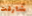
شارفت